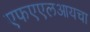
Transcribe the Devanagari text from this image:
एफएएलआयचा